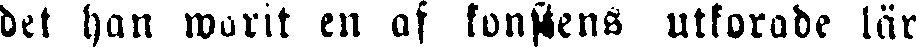
del han warit en af konstens utkorade lär